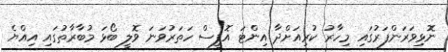
ނޮޅިވަރަންފަރުގައި މިހާރު ކުރިއަށްދާ އިންޓަ އޮފީސް ހަތަރުވަނަ ވޮލީ ބޯޅަ މުބާރާތުގައި އިއްޔެ